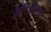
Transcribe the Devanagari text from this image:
आर्टिमीथर